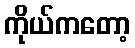
ကိုယ်ကတော့